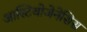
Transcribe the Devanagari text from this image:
आस्टियोजेनेसिस